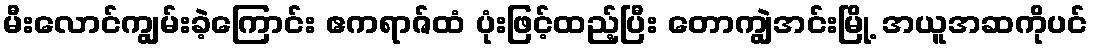
မီးလောင်ကျွမ်းခဲ့ကြောင်း ဧကရာဇ်ထံ ပုံးဖြင့်ထည့်ပြီး တောကျွဲအင်းမြို့ အယူအဆကိုပင်